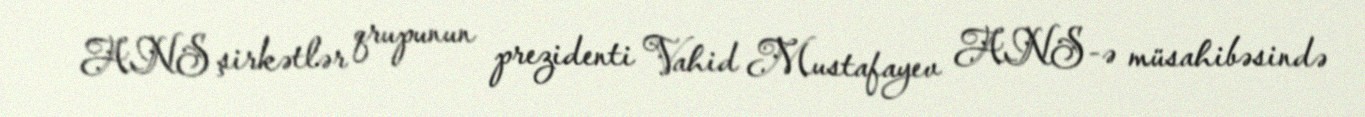
ANS şirkətlər qrupunun prezidenti Vahid Mustafayev ANS-ə müsahibəsində